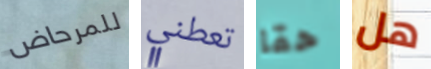
للمرحاض تعطني حقا هل